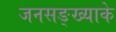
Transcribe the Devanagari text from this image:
जनसङ्ख्याके